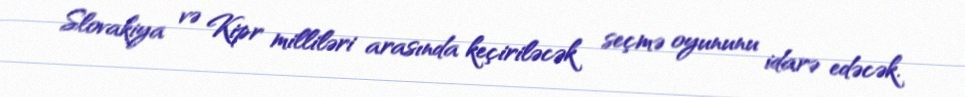
Slovakiya və Kipr milliləri arasında keçiriləcək seçmə oyununu idarə edəcək.